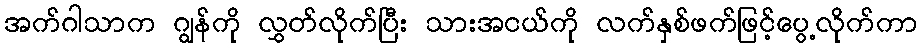
အက်ဂါသာက ဂျွန်ကို လွှတ်လိုက်ပြီး သားအငယ်ကို လက်နှစ်ဖက်ဖြင့်ပွေ့လိုက်ကာ